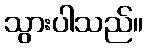
သွားပါသည်။